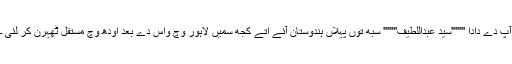
آپ دے دادا '''''''سید عبداللطیف''''''' سبھ توں پہلاں ہندوستان آئے اتے کجھ سمیں لاہور وچ واس دے بعد اودھ وچّ مستقل ٹھہرن کر لئی ۔